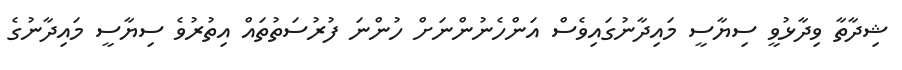
ޝިދާތާ ވިދާޅުވީ ސިޔާސީ މައިދާނުގައިވެސް އަންހެނުންނަށް ހުންނަ ފުރުސަތުތައް އިތުރުވެ ސިޔާސީ މައިދާނުގެ